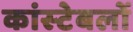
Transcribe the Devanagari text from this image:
कांस्‍टेबलों